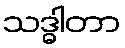
သဒ္ဓါတာ